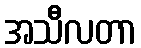
အသီလတာ